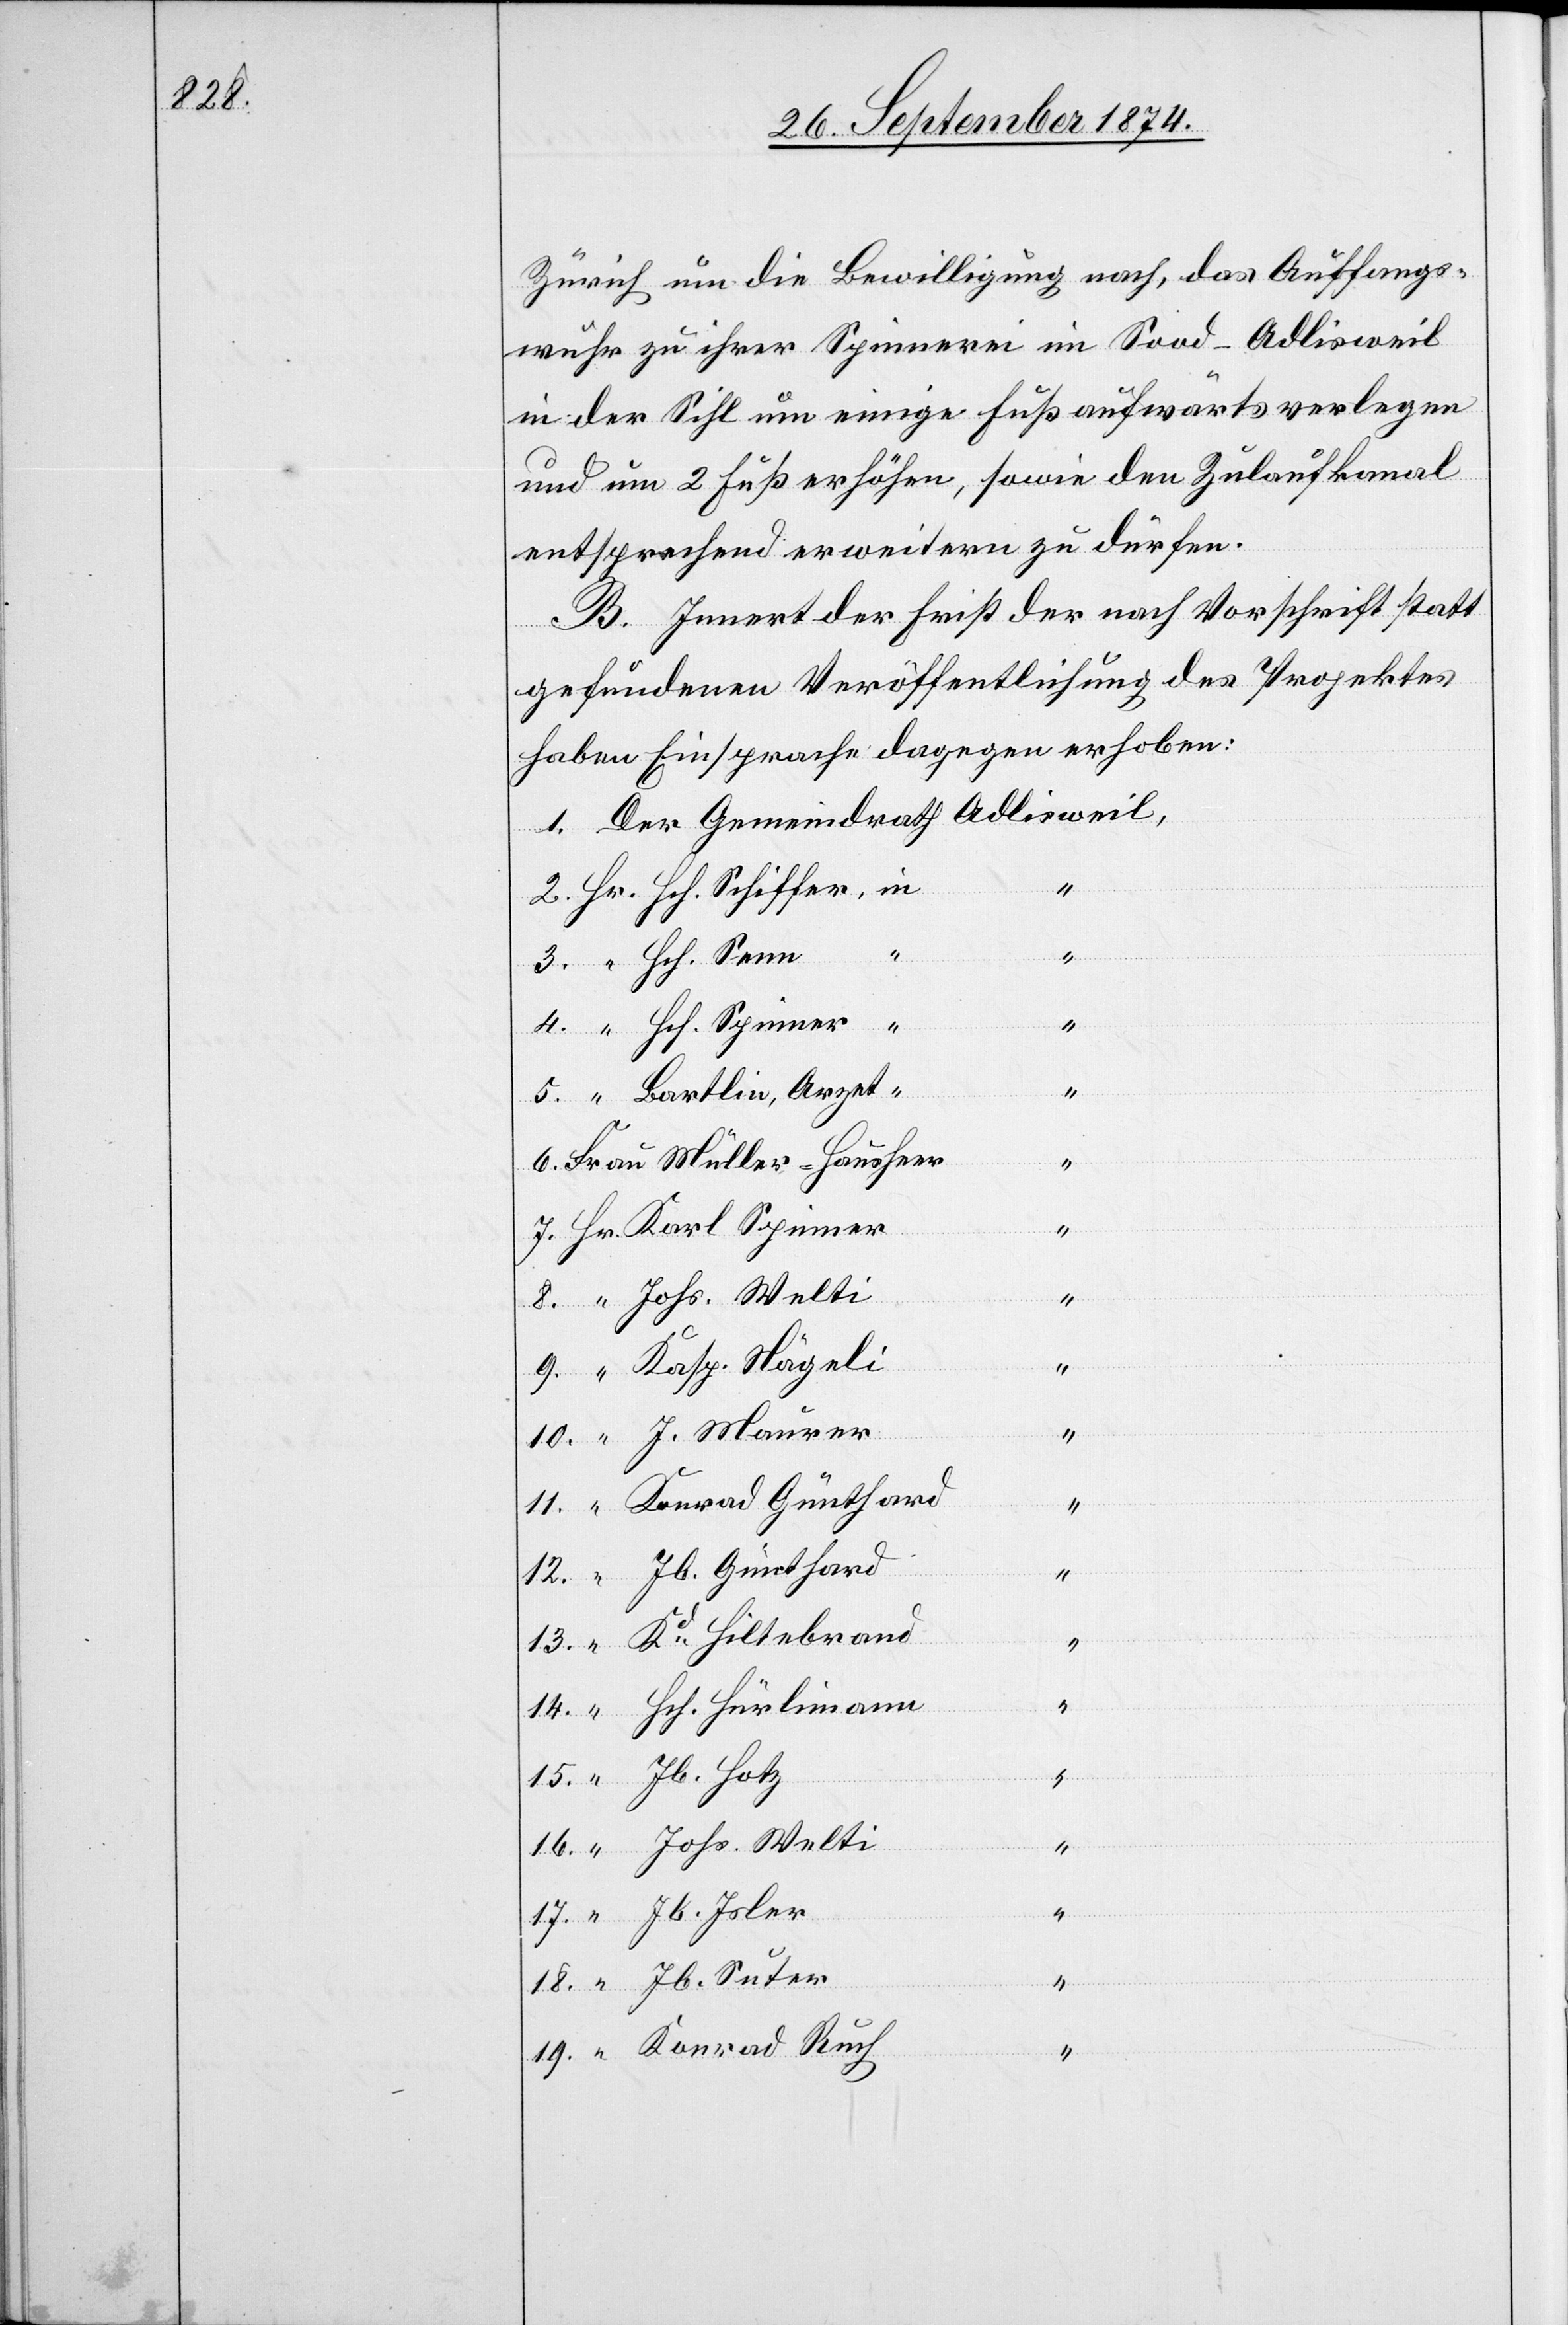
13.

Zürich um die Bewilligung nach, das Auffangs¬
wuhr zu ihrer Spinnerei im Sood-Adlisweil
in der Sihl um einige Fuß aufwärts verlegen
und um 2 Fuß erhöhen, sowie den Zulaufkanal
entsprechend erweitern zu dürfen.
B. Innert der First der nach Vorschrift statt
gefundenen Veröffentlichung des Projektes
haben Einsprache dagegen erhoben:
12.
“
19.
18.
Kasp. Nägeli
Jb. Günthard
“
Suter